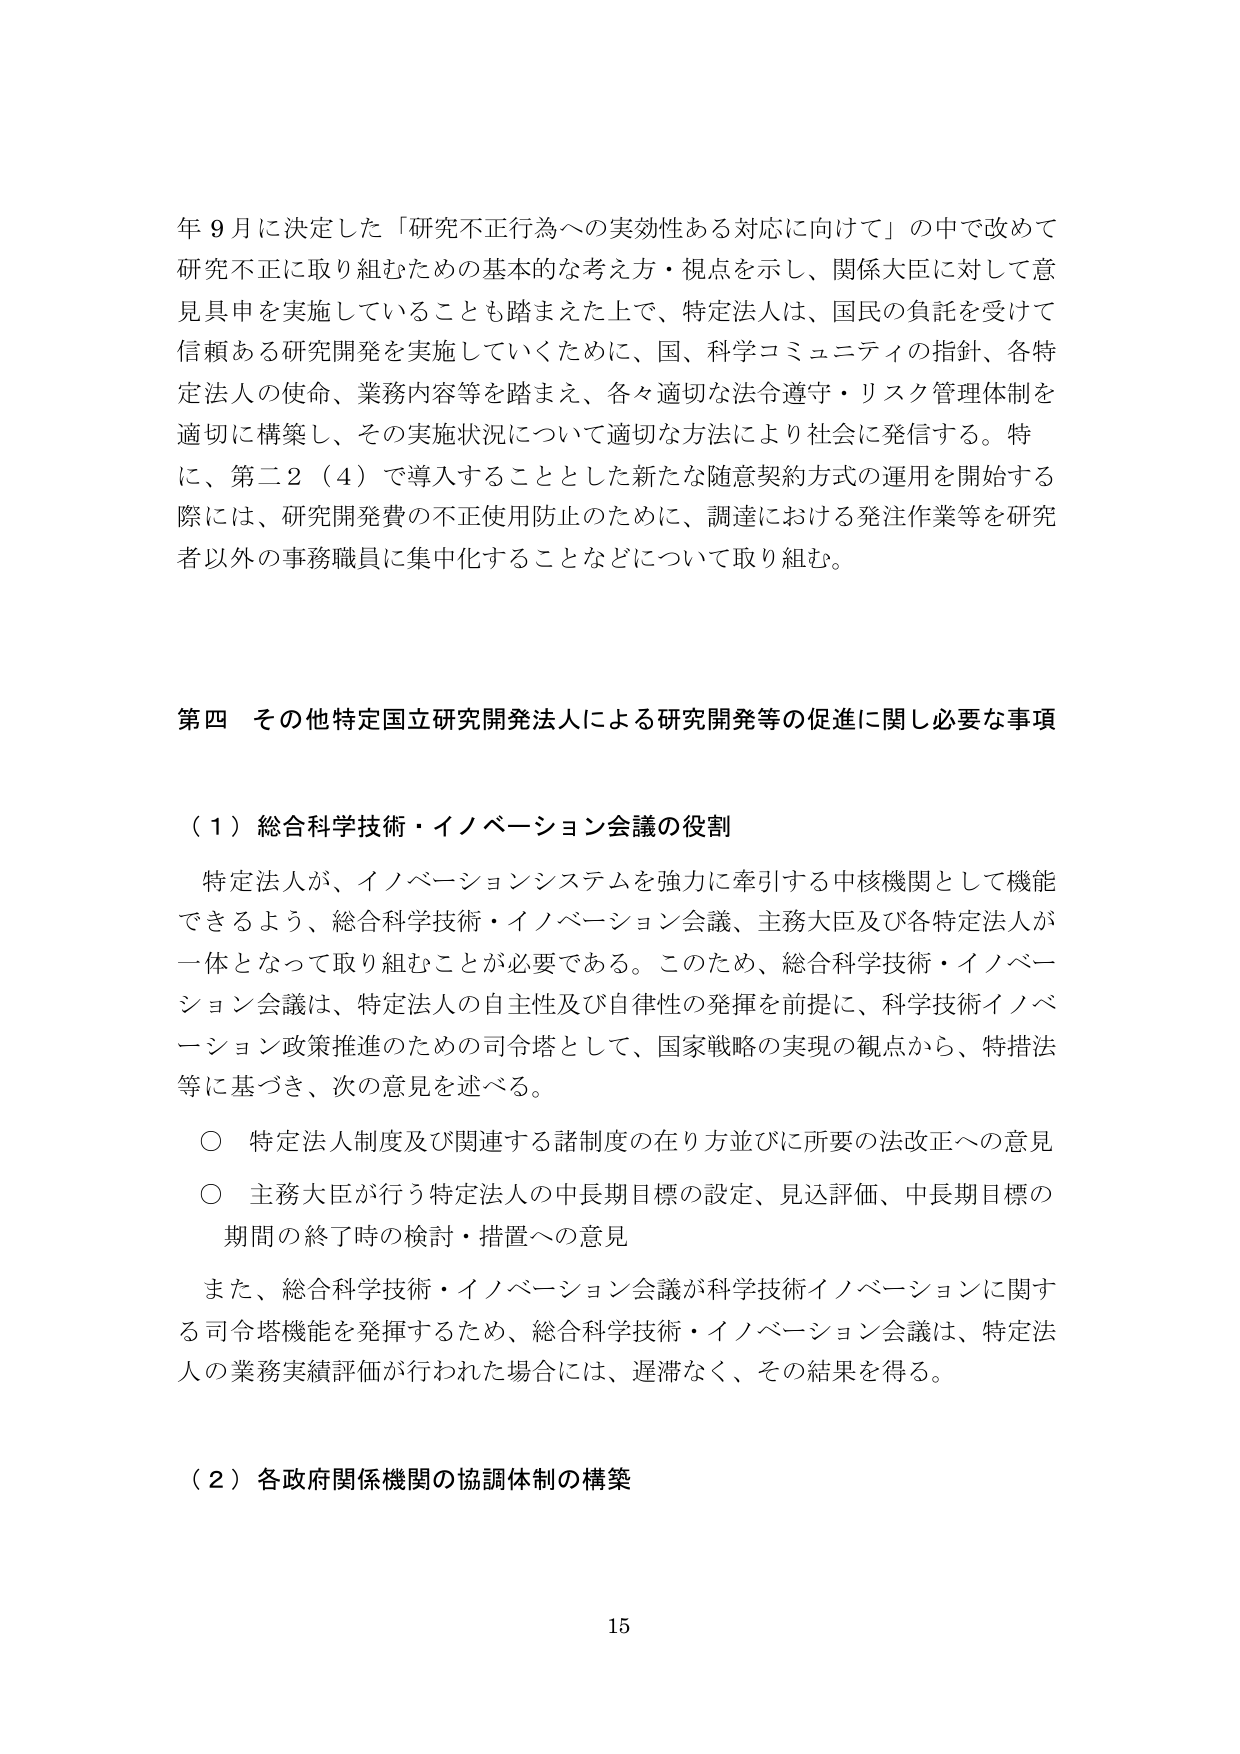
年９月に決定した「研究不正行為への実効性ある対応に向けて」の中で改めて研究不正に取り組むための基本的な考え方・視点を示し、関係大臣に対して意見具申を実施していることも踏まえた上で、特定法人は、国民の負託を受けて信頼ある研究開発を実施していくために、国、科学コミュニティの指針、各特定法人の使命、業務内容等を踏まえ、各々適切な法令遵守・リスク管理体制を適切に構築し、その実施状況について適切な方法により社会に発信する。特に、第二２（４）で導入することとした新たな随意契約方式の運用を開始する際には、研究開発費の不正使用防止のために、調達における発注作業等を研究者以外の事務職員に集中化することなどについて取り組む。

第四　その他特定国立研究開発法人による研究開発等の促進に関し必要な事項

（１）総合科学技術・イノベーション会議の役割

　特定法人が、イノベーションシステムを強力に牽引する中核機関として機能できるよう、総合科学技術・イノベーション会議、主務大臣及び各特定法人が一体となって取り組むことが必要である。このため、総合科学技術・イノベーション会議は、特定法人の自主性及び自律性の発揮を前提に、科学技術イノベーション政策推進のための司令塔として、国家戦略の実現の観点から、特措法等に基づき、次の意見を述べる。

　○　特定法人制度及び関連する諸制度の在り方並びに所要の法改正への意見

　○　主務大臣が行う特定法人の中長期目標の設定、見込評価、中長期目標の期間の終了時の検討・措置への意見

　また、総合科学技術・イノベーション会議が科学技術イノベーションに関する司令塔機能を発揮するため、総合科学技術・イノベーション会議は、特定法人の業務実績評価が行われた場合には、遅滞なく、その結果を得る。

（２）各政府関係機関の協調体制の構築

15